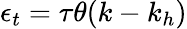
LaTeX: \epsilon_{t}=\tau\theta(k-k_{h})